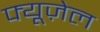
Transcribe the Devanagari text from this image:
फ्यूज़ेल